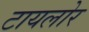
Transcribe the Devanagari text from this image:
टायलोर